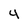
Character: 4